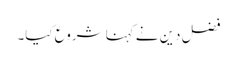
فضل دین نے کہنا شروع کیا۔